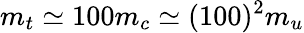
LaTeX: m_{t}\simeq 100m_{c}\simeq(100)^{2}m_{u}